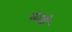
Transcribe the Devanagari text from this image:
साडी़